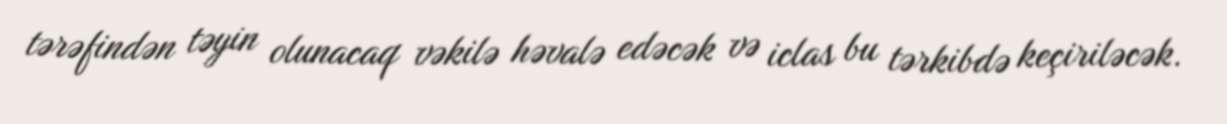
tərəfindən təyin olunacaq vəkilə həvalə edəcək və iclas bu tərkibdə keçiriləcək.